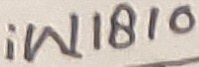
Text: iW1810